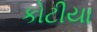
કોટીયા